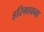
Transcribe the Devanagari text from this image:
हरिभावना